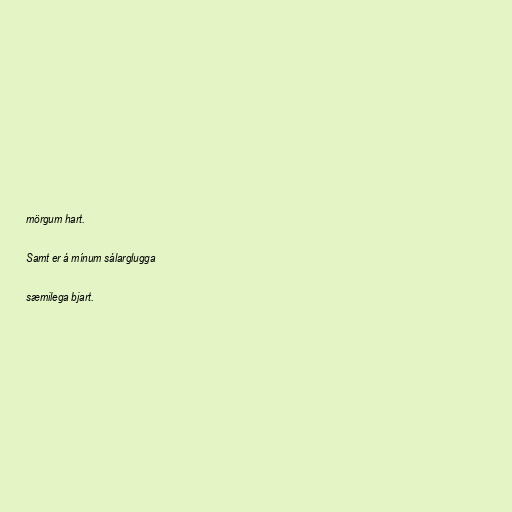
mörgum hart.

Samt er á mínum sálarglugga

sæmilega bjart.